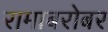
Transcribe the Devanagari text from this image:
रामाबरोबर